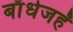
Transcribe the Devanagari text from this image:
बाँधेजहँ